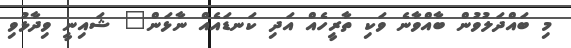
މި ބައްދަލުވުން ބާއްވާނެ ވަކި ތާރީހެއް އަދި ކަނޑައެއް ނާޅަން" ޝައިނީ ވިދާޅުވި